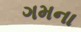
ગમના